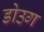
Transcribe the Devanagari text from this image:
डोउग